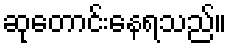
ဆုတောင်းနေရသည်။